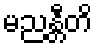
မညန္တီတိ